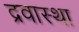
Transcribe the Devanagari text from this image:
द्रवास्था